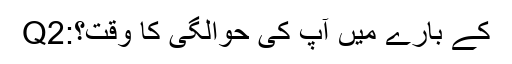
Q2:کے بارے میں آپ کی حوالگی کا وقت؟